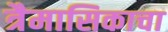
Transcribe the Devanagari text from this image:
त्रैमासिकाचा